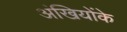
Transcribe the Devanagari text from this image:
अंखियोंके